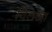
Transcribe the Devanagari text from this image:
चिलखा